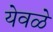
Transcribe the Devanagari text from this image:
येवळे